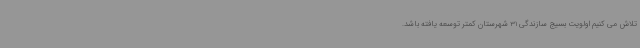
تلاش می کنیم اولویت بسیج سازندگی 31 شهرستان کمتر توسعه یافته باشد.